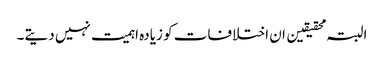
البتہ محقیقین ان اختلافات کو زیادہ اہمیت نہیں دیتے۔